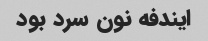
ایندفه نون سرد بود